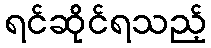
ရင်ဆိုင်ရသည့်